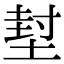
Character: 堼